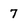
Character: 7